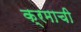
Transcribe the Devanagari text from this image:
क्रमाची